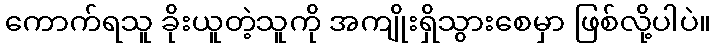
ကောက်ရသူ ခိုးယူတဲ့သူကို အကျိုးရှိသွားစေမှာ ဖြစ်လို့ပါပဲ။